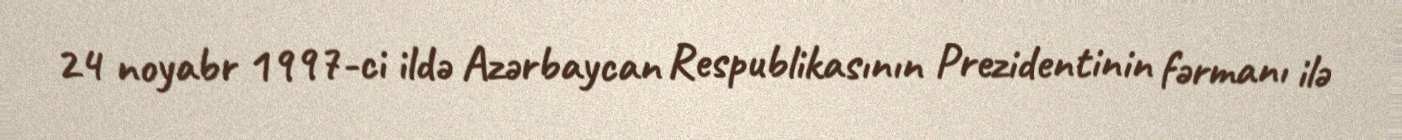
24 noyabr 1997-ci ildə Azərbaycan Respublikasının Prezidentinin fərmanı ilə